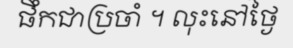
ផឹកជាប្រចាំ ។ លុះនៅថ្ងៃ